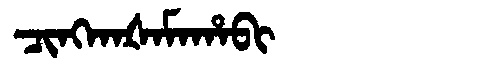
Manchu: ᠴᡳᠩᡴᠠᡧᠠᠮᠠᡥᠠᠪᡳ
Romanization: CINGKAŠAMAHABI